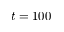
t = 1 0 0